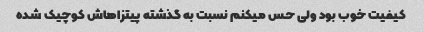
کیفیت خوب بود ولی حس میکنم نسبت به گذشته پیتزاهاش کوچیک شده